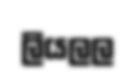
ලියලල